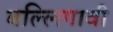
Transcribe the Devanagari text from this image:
बल्लिगावी